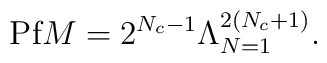
\mbox{Pf}M = 2^{N_{c}-1} \Lambda_{N=1}^{2(N_{c}+1)}.